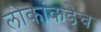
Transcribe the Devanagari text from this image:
लोकांकडेच